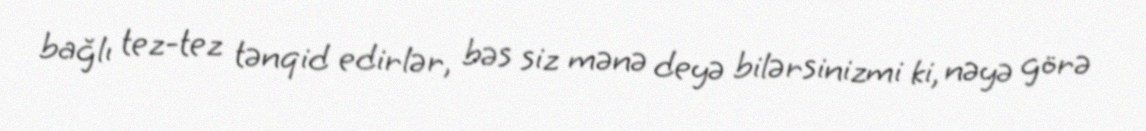
bağlı tez-tez tənqid edirlər, bəs siz mənə deyə bilərsinizmi ki, nəyə görə